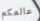
عالمكم